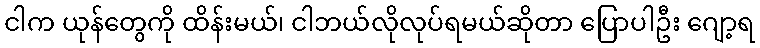
ငါက ယုန်တွေကို ထိန်းမယ်၊ ငါဘယ်လိုလုပ်ရမယ်ဆိုတာ ပြောပါဦး ဂျော့ရ